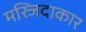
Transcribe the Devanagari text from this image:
मस्जिदाकार